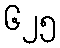
၆၂၅